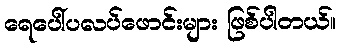
ရေပေါ်ပလပ်ဖောင်းများ ဖြစ်ပါတယ်။